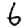
Digit: 6